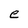
Character: e